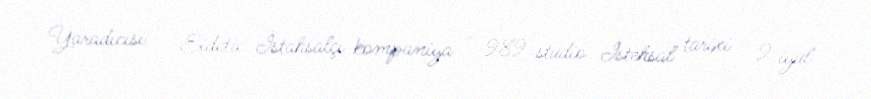
Yaradıcısı - Eidetic İstahsalçı kompaniya - 989 studio İstehsal tarixi - 9 iyul